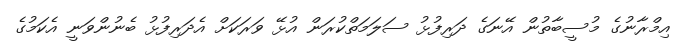
އިމްރާނުގެ މުސީބާތުން އޭނަގެ ދަރިފުޅު ސަލަމަތްކުރަން އުޅޭ ވަރަކަށް އެދަރިފުޅު ބެނުންވަނީ އެކަމުގެ